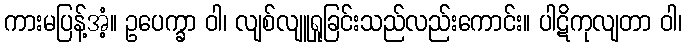
ကားမပြန့်အံ့။ ဥပေက္ခာ ဝါ၊ လျစ်လျူရှုခြင်းသည်လည်းကောင်း။ ပါဋိကုလျတာ ဝါ၊